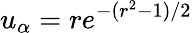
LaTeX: u_{\alpha}=re^{-(r^{2}-1)/2}